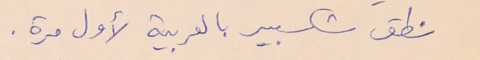
نطق شكسبير بالعربية لأول مرة.